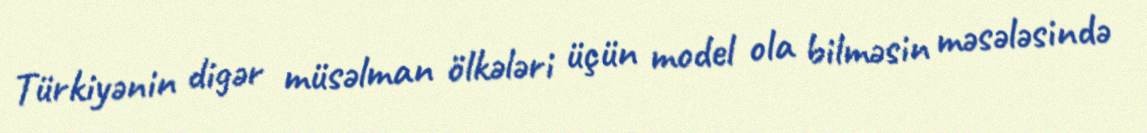
Türkiyənin digər müsəlman ölkələri üçün model ola bilməsin məsələsində